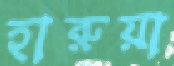
হারুয়া